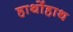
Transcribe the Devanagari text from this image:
हाथोंहाथ